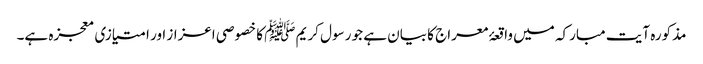
مذکورہ آیت مبارکہ میں واقعۂ معراج کا بیان ہے جو رسول کریم ﷺ کا خصوصی اعزاز اور امتیازی معجزہ ہے۔